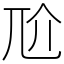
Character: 𡯓